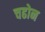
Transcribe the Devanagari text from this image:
चढोन